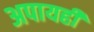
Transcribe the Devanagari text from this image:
अपायही